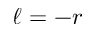
\ell = - r